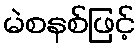
မဲစနစ်ဖြင့်